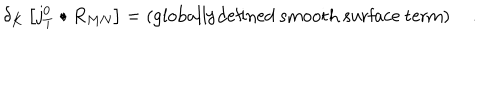
\delta _ { K } \left[ j _ { T } ^ { 0 } \bullet R _ { M N } \right] = \left( \mathrm { g l o b a l l y d e f i n e d ~ s m o o t h ~ s u r f a c e ~ t e r m } \right) \quad .